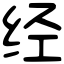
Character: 经